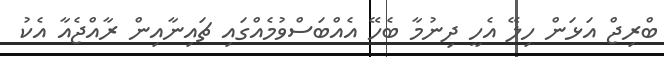
ބްރިޖް އަޅަން ހިލޭ އެހީ ދިނުމާ ބެހޭ އެއްބަސްވުމެއްގައި ޗައިނާއިން ރާއްޖެއާ އެކު